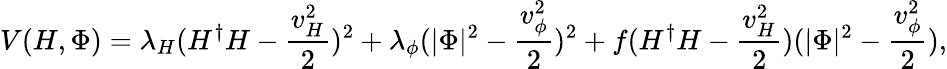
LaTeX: V(H,\Phi)=\lambda_{H}(H^{\dagger}H-{\frac{v_{H}^{2}}{2}})^{2}+\lambda_{\phi}(|\Phi|^{2}-{\frac{v_{\phi}^{2}}{2}})^{2}+f(H^{\dagger}H-{\frac{v_{H}^{2}}{2}})(|\Phi|^{2}-{\frac{v_{\phi}^{2}}{2}}),